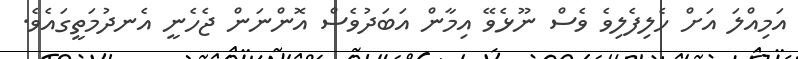
އަމިއްލަ އަށް ހެލިފެލިވެ ވެސް ނޫޅެވޭ އިމާން އަބަދުވެސް އޮންނަން ޖެހެނީ އެނދުމަތީގައެވެ.